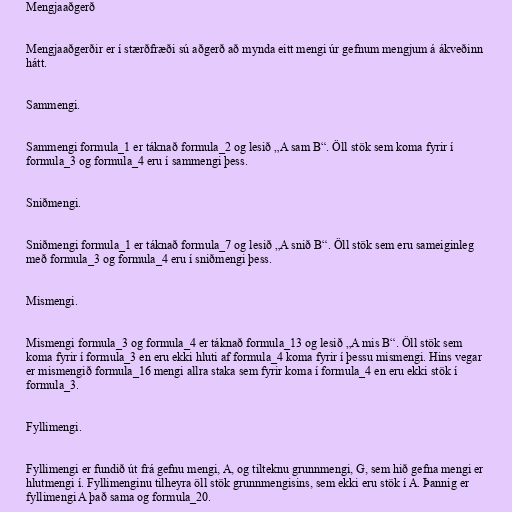
Mengjaaðgerð

Mengjaaðgerðir er í stærðfræði sú aðgerð að mynda eitt mengi úr gefnum mengjum á ákveðinn
hátt.

Sammengi.

Sammengi formula_1 er táknað formula_2 og lesið „A sam B“. Öll stök sem koma fyrir í
formula_3 og formula_4 eru í sammengi þess.

Sniðmengi.

Sniðmengi formula_1 er táknað formula_7 og lesið „A snið B“. Öll stök sem eru sameiginleg
með formula_3 og formula_4 eru í sniðmengi þess.

Mismengi.

Mismengi formula_3 og formula_4 er táknað formula_13 og lesið „A mis B“. Öll stök sem
koma fyrir í formula_3 en eru ekki hluti af formula_4 koma fyrir í þessu mismengi. Hins vegar
er mismengið formula_16 mengi allra staka sem fyrir koma í formula_4 en eru ekki stök í
formula_3.

Fyllimengi.

Fyllimengi er fundið út frá gefnu mengi, A, og tilteknu grunnmengi, G, sem hið gefna mengi er
hlutmengi í. Fyllimenginu tilheyra öll stök grunnmengisins, sem ekki eru stök í A. Þannig er
fyllimengi A það sama og formula_20.